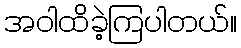
အဝါထိခဲ့ကြပါတယ်။